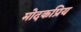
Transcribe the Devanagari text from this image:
मोदकप्रिय